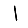
Digit: 1